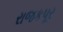
રાજકપૂર